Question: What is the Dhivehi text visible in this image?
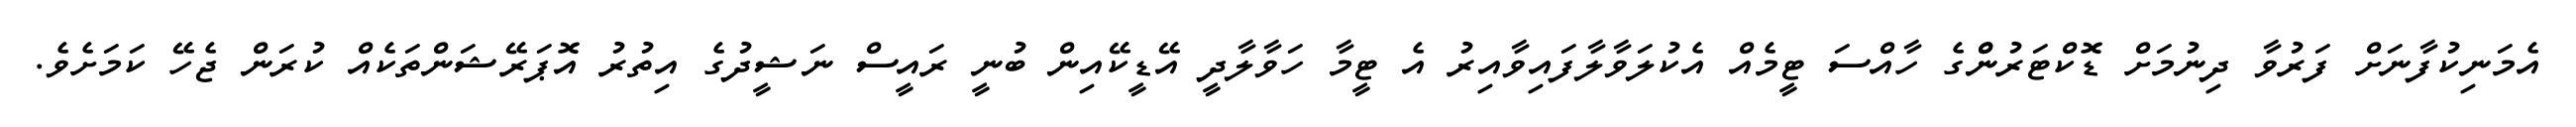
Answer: އެމަނިކުފާނަށް ފަރުވާ ދިނުމަށް ޑޮކްޓަރުންްގެ ހާއްސަ ޓީމެއް އެކުލަވާލާފައިވާއިރު އެ ޓީމާ ހަވާލާދީ އޭޑީކޭއިން ބުނީ ރައީސް ނަޝީދުގެ އިތުރު އޮޕަރޭޝަންތަކެއް ކުރަން ޖެހޭ ކަމަށެވެ.